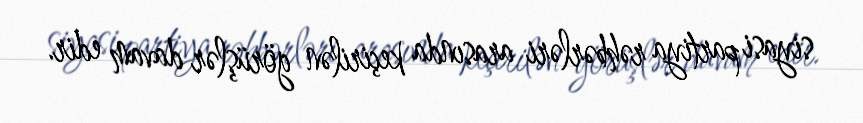
siyasi partiya rəhbərləri arasında keçirilən görüşlər davam edir.